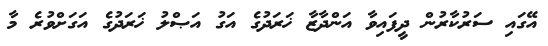
އޭގައި ސަރުކާރުން ދީފައިވާ އަންދާޒާ ޚަރަދުގެ އަގު އަޞްލު ޚަރަދުގެ އަގަށްވުރެ މާ